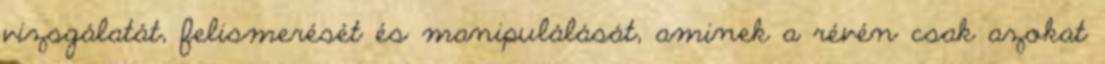
vizsgálatát, felismerését és manipulálását, aminek a révén csak azokat